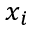
x _ { i }